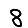
Digit: 8